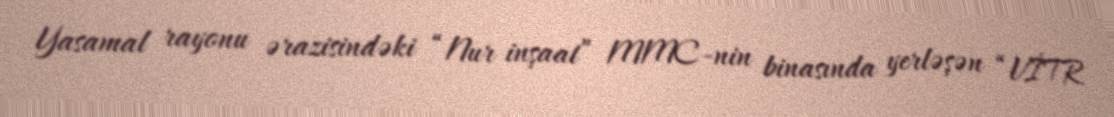
Yasamal rayonu ərazisindəki “Nur inşaat” MMC-nin binasında yerləşən “VİTR